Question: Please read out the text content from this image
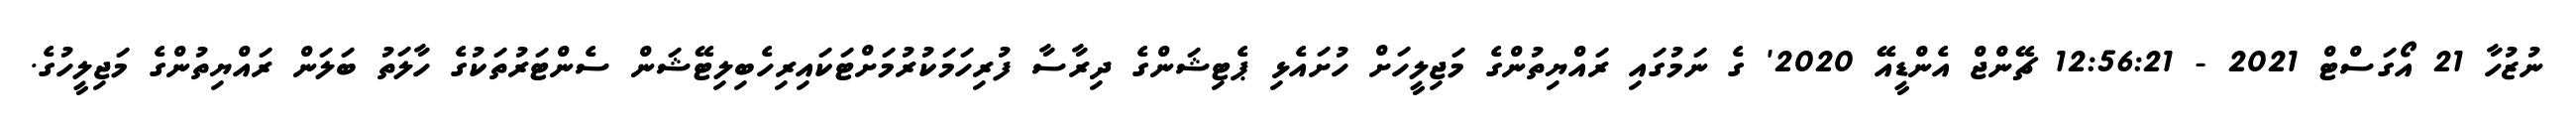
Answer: ނުޒުހާ 21 އޯގަސްޓް 2021 - 12:56:21 ޗޭންޖް އެންޑީއޭ 2020' ގެ ނަމުގައި ރައްޔިތުންގެ މަޖިލީހަށް ހުށައެޅި ޕެޓިޝަންގެ ދިރާސާ ފުރިހަމަކުރުމަށްޓަކައިރިހެބިލިޓޭޝަން ސެންޓަރުތަކުގެ ހާލަތު ބަލަން ރައްޔިތުންގެ މަޖިލީހުގެ.